V__Kingissepa_nim__kolhoos, lk 74
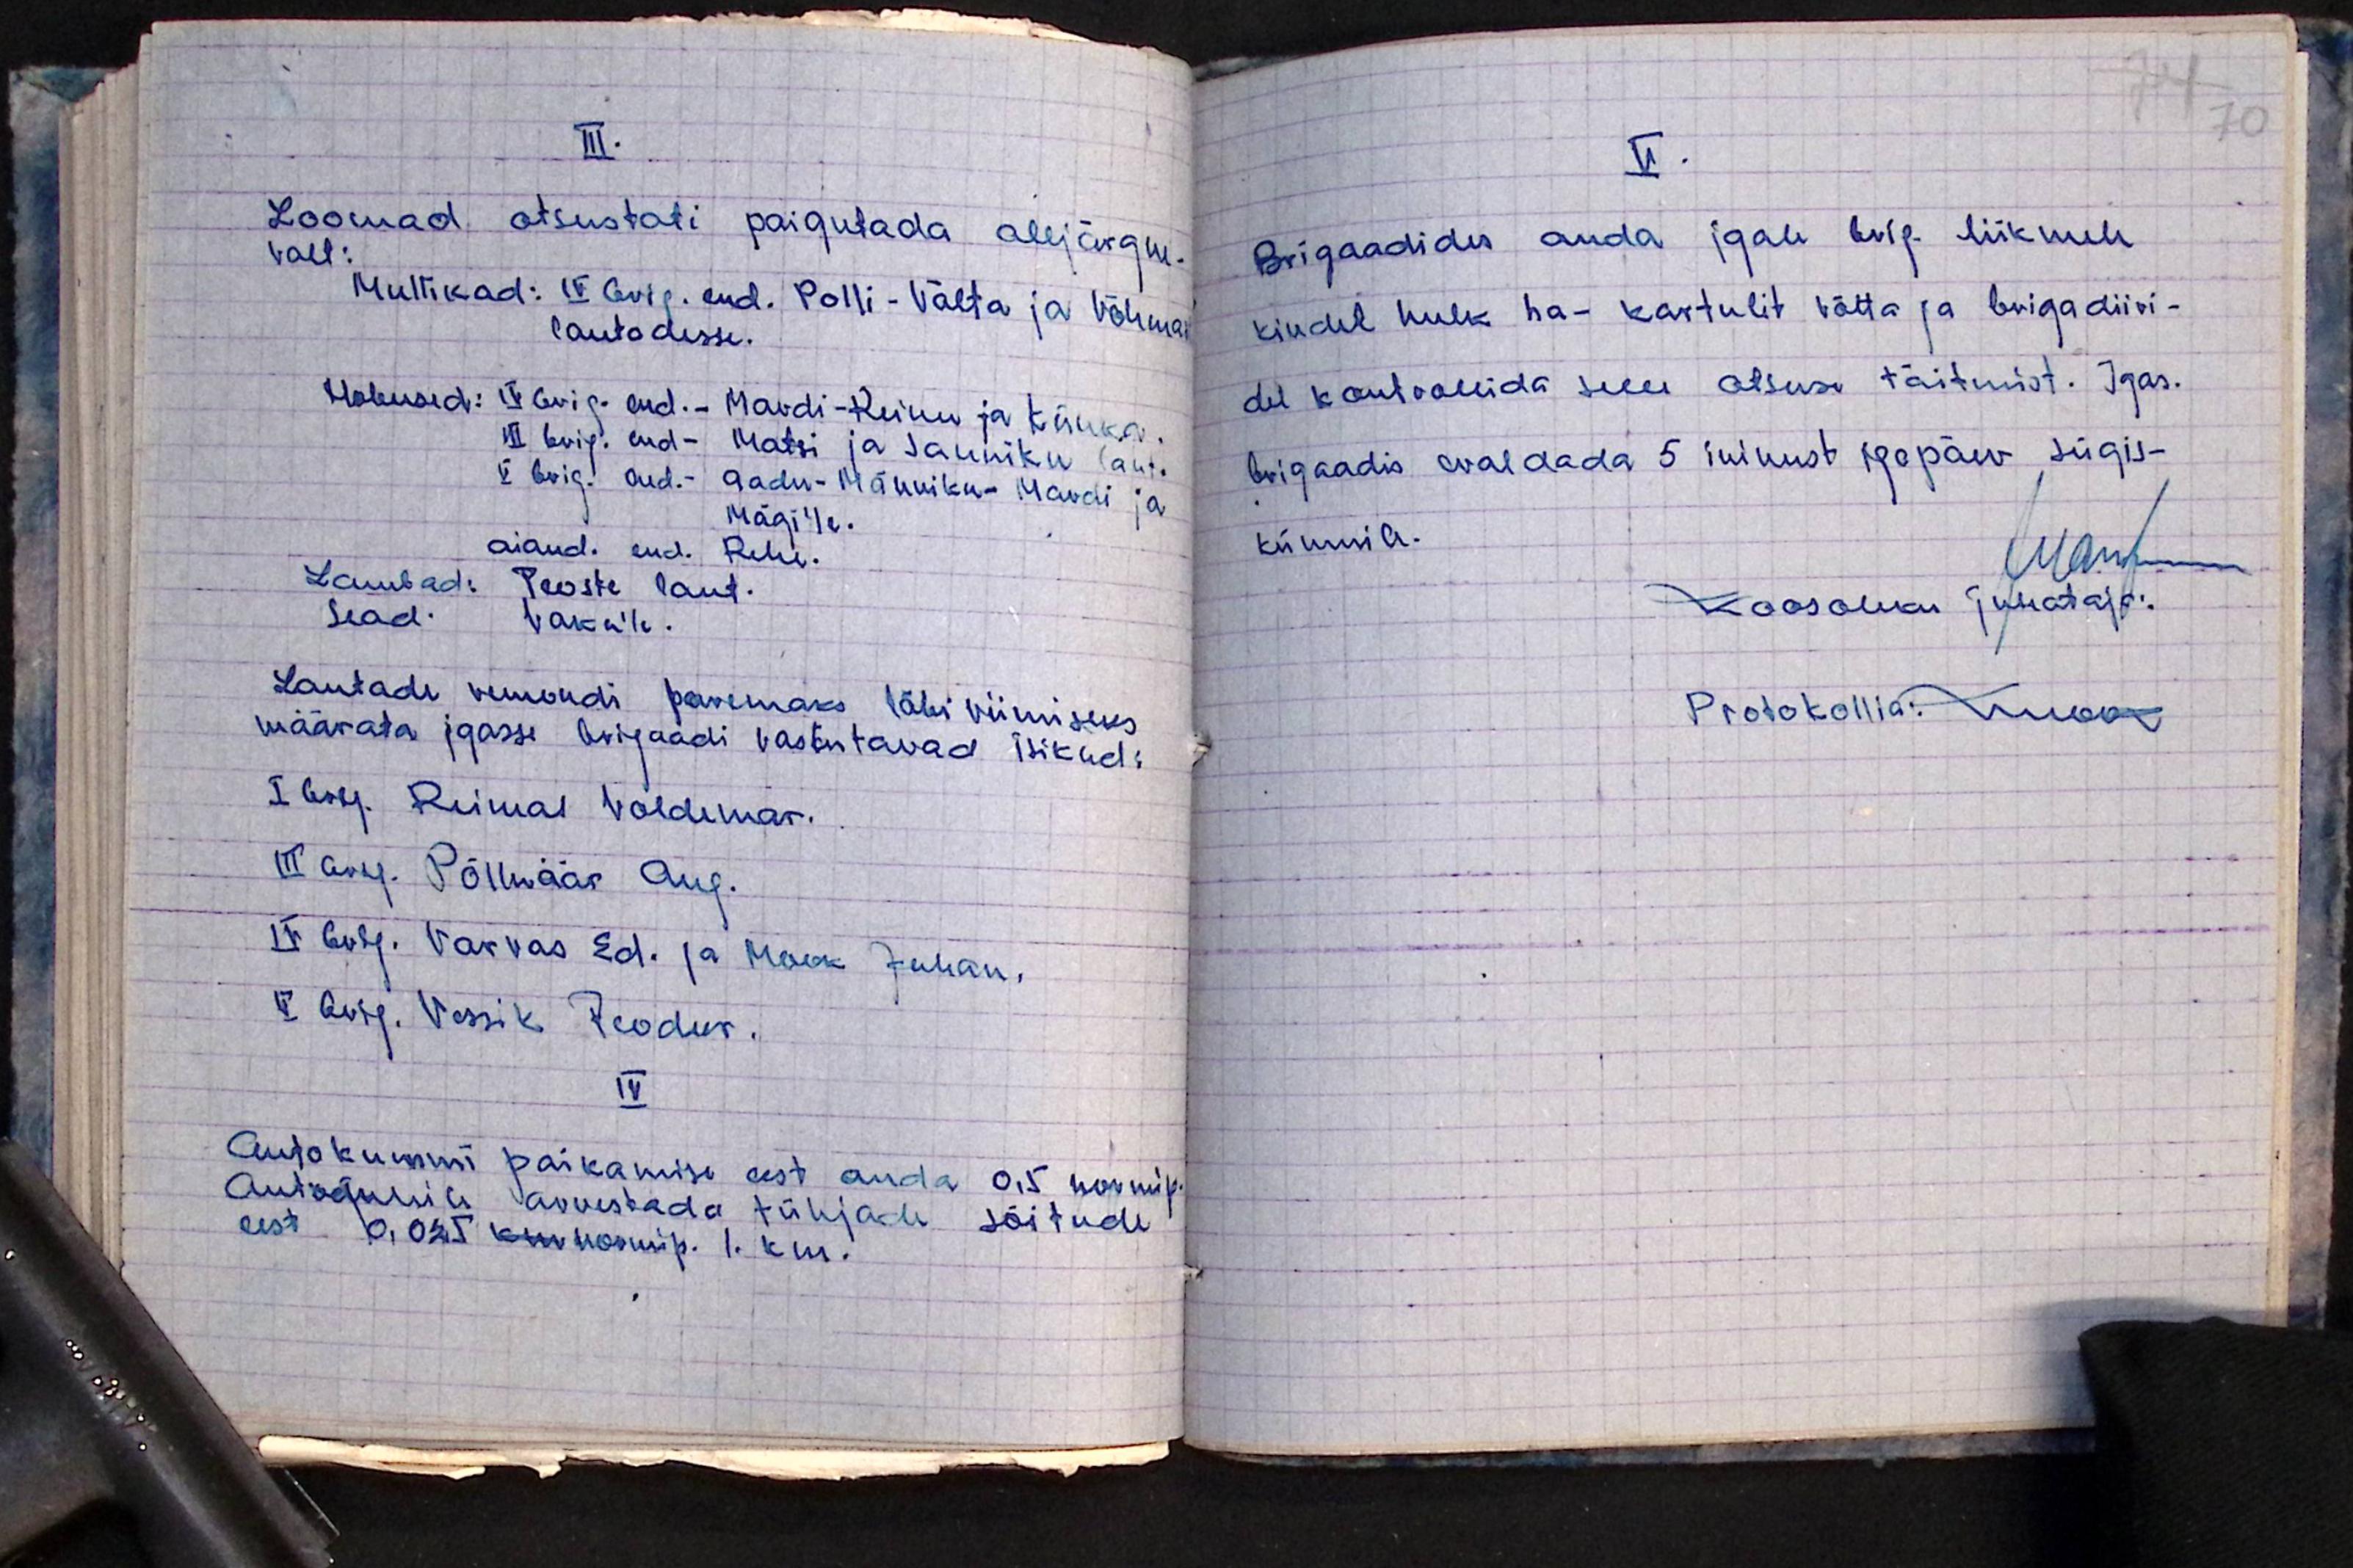
III.
Loomad otsustati paigutada alljärgne-
valt:
Mullikad: II brig. end. Polli-Välta ja Võhma
lautadesse.
Hobused: IV Brig. end.- Mardi-Reinu ja Künka.
VII Brig. end - Matsi ja Sauniku lauta.
V Brig. and.- Aadu-Männiku- Mardi ja
Mägi'le.
aiand. end. Rehe.
Lambad: Teoste laut.
Sead vaku'le.
Lautade remondi paremaks läbi viimiseks.
määrata igasse brigaadi vastutavad isikud:
Il Brig. Reimal Voldemar.
III Brig. Põlluäär Aug.
IV Brig. Varvas Ed. ja Mook Juhan,
II Brig. Vessik Teodur.
IV
Autokummi paikamise eest anda 0,5 normip.
Autojuhile arvestada tühjade sõitude
eest 10,025 kan normip. 1. km.

II.
Brigaadides anda igale brig. liikmele
kindel hulk ha- kartulit võtta ja brigadiiri-
del kontrollida selle otsuse täitmist. Igas-
brigaadis eraldada 5 inimest igapäev, sügis-
künnile.
Mam
Koosoleku juhataja.
Protokollia: Nüüd